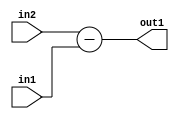
`timescale 1ps / 1ps
/*****************************************************************************
    Verilog RTL Description
    
    
    Created by: Stratus DpOpt 21.05.01 
*******************************************************************************/

module Filter_Sub_32Ux8U_32S_4 (
	in2,
	in1,
	out1
	); /* architecture "behavioural" */ 
input [31:0] in2;
input [7:0] in1;
output [31:0] out1;
wire [31:0] asc001;

assign asc001 = 
	+(in2)
	-(in1);

assign out1 = asc001;
endmodule

/* CADENCE  ubHzTwA= : u9/ySxbfrwZIxEzHVQQV8Q== ** DO NOT EDIT THIS LINE ******/